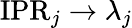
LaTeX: \mathrm{IPR}_{j}\rightarrow\lambda_{j}